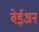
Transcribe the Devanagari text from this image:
बेईअन